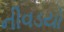
નીવડયો